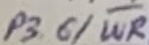
Text: P3.6/WR